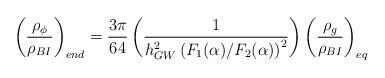
LaTeX: \begin{align*}{\left(\rho_{\phi} \over \rho_{BI}\right)_{end}}={3 \pi \over 64 }\left({1 \over {h_{GW}^2\left(F_1(\alpha)/F_2(\alpha)\right)^2}}\right)\left({\rho_g \over \rho_{BI}} \right)_{eq}\end{align*}